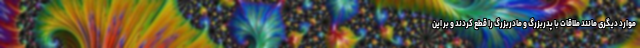
موارد دیگری مانند ملاقات با پدربزرگ و مادربزرگ را قطع کردند و بر این